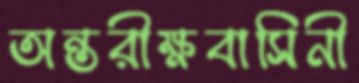
অন্তরীক্ষবাসিনী